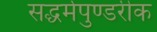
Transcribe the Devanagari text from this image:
सद्धर्मपुण्डरीक